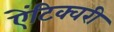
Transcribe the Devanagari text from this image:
ऐंटिक्वरी